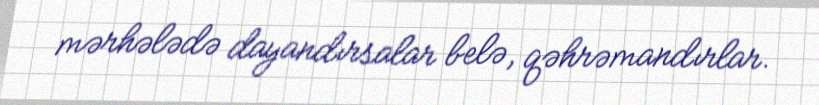
mərhələdə dayandırsalar belə, qəhrəmandırlar.